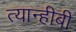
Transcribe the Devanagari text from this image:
त्यान्हीबी